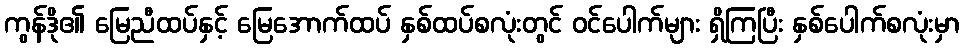
ကွန်ဒို၏ မြေညီထပ်နှင့် မြေအောက်ထပ် နှစ်ထပ်စလုံးတွင် ဝင်ပေါက်များ ရှိကြပြီး နှစ်ပေါက်စလုံးမှာ